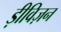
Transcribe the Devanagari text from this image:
ड़ीविज़न